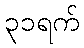
၃၁ရက်